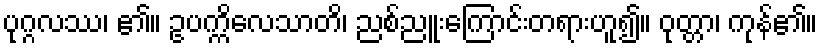
ပုဂ္ဂလဿ၊ ၏။ ဥပက္ကိလေသာတိ၊ ညစ်ညူးကြောင်းတရားဟူ၍။ ဝုတ္တာ၊ ကုန်၏။